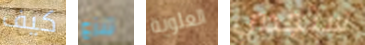
كيف تنزع العلوية سيجدي